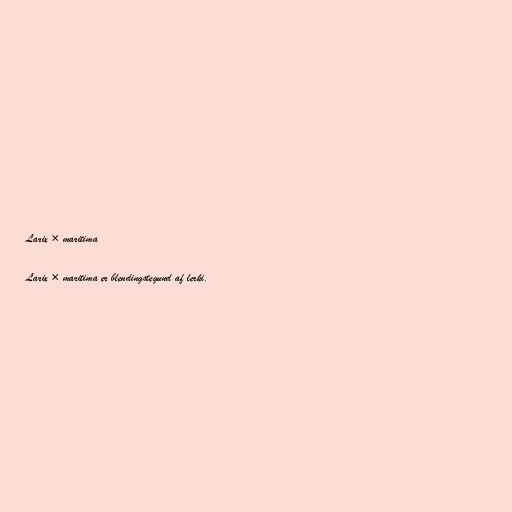
Larix × maritima

Larix × maritima er blendingstegund af lerki.